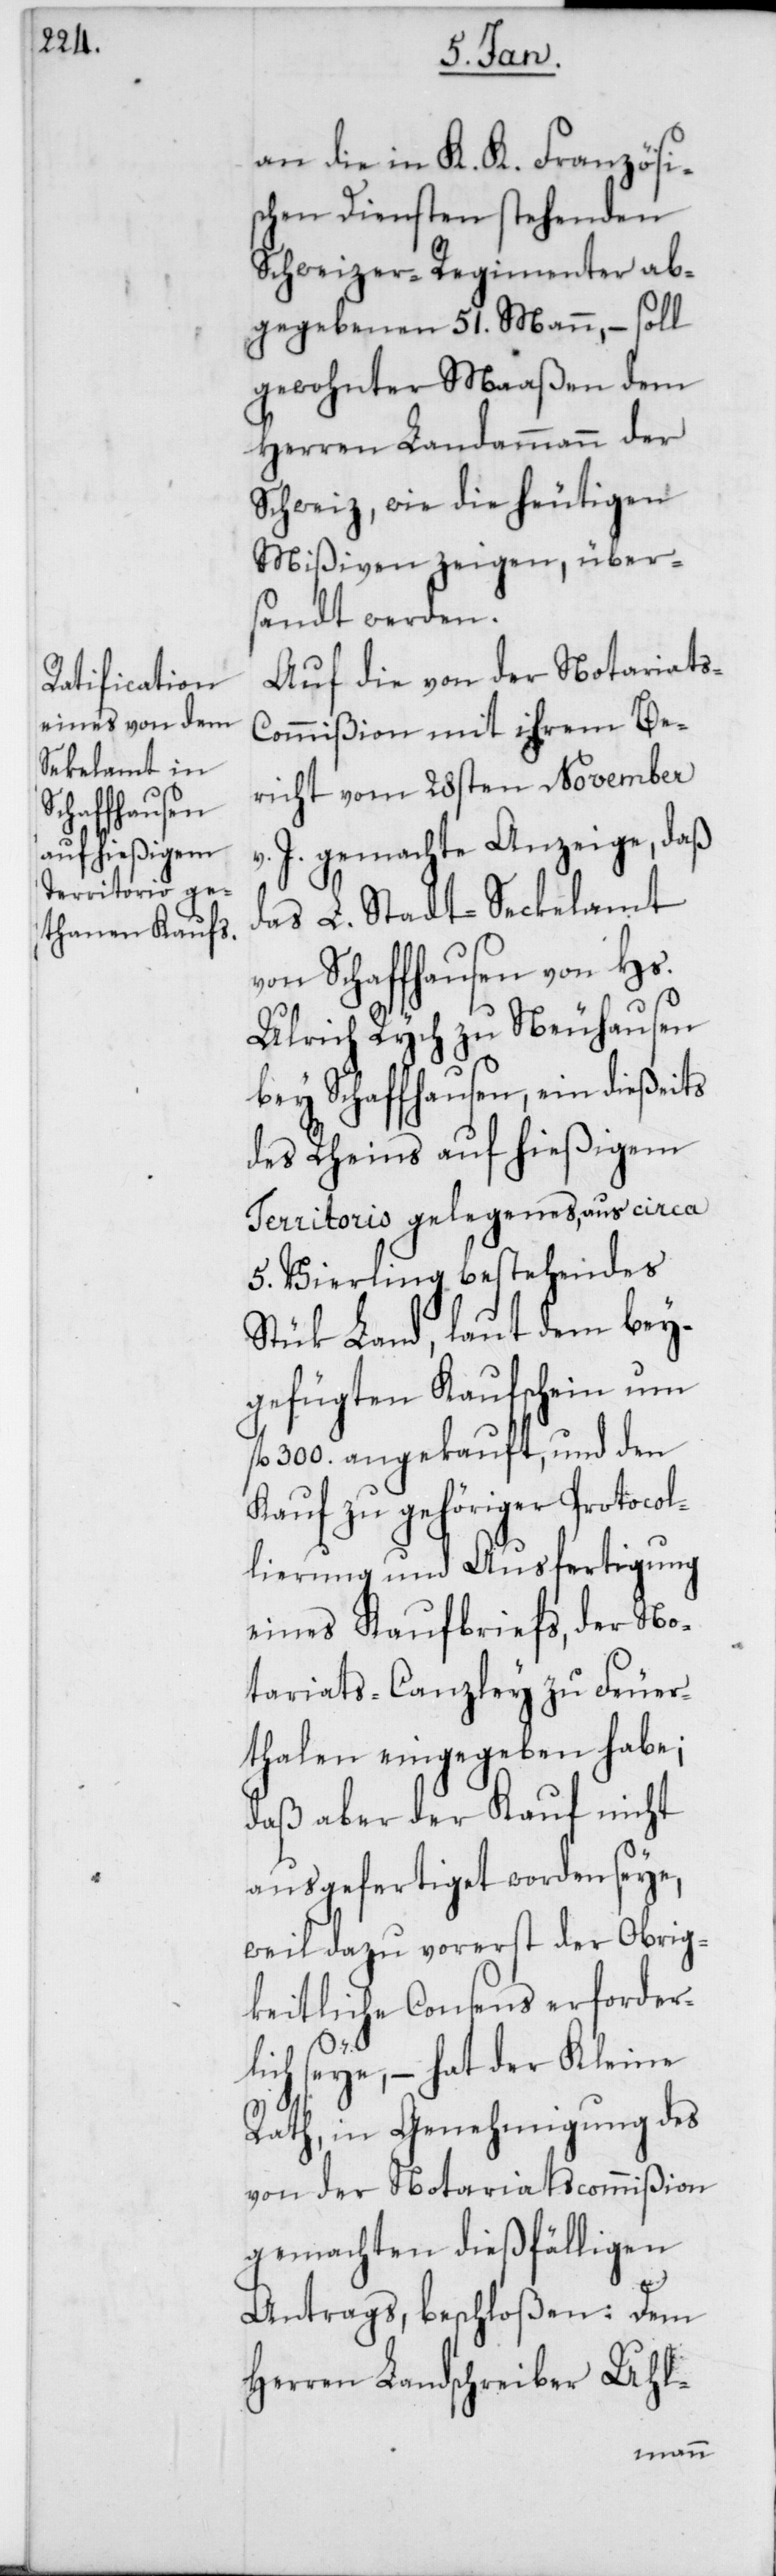
an die in K. K. Französi¬
schen Diensten stehenden
Schweizer-Regimenter ab¬
gegebenen 51. Mann, – soll
gewohnter Maaßen dem
Herren Landammann der
Schweiz, wie die heutigen
Mißiven zeigen, übers¬
andt werden.
Auf die von der Notariats-C¬
ommißion mit ihrem Be¬
richt vom 28sten November
v. J. gemachte Anzeige, daß
das L. Stadt-Seckelamt
von Schaffhausen von Hs.
Ulrich Rych zu Neuhausen
bey Schaffhausen, ein dießeits
des Rheins auf hießigem
Territorio gelegenes, aus circa
5. Vierling bestehendes
Stük Land, laut dem bey¬
gefügten Kaufschein um
fl. 300. angekauft, und den
Kauf zu gehöriger Protocol¬
lierung und Ausfertigung
eines Kaufbriefs, der No¬
tariats-Canzley zu Feuer¬
thalen eingegeben habe;
daß aber der Kauf nicht
ausgefertiget worden seye,
weil dazu vorerst der Obrig¬
keitliche Consens erforder¬
lich seye, – hat der Kleine
Rath, in Genehmigung des
von der Notariatscommmißion
gemachten dießfälligen
Antrags, beschloßen: Dem
Herren Landschreiber Uhl-